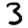
Digit: 3